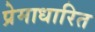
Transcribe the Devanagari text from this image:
प्रेमाधारित